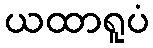
ယထာရူပံ